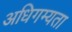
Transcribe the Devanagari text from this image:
अधिगम्यता